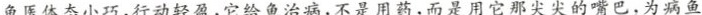
鱼医体态小巧，行动轻盈，它给鱼治病，不是用药，而是用它那尖尖的嘴巴，为病鱼